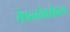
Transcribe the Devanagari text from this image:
संपन्नतेबरोबरच